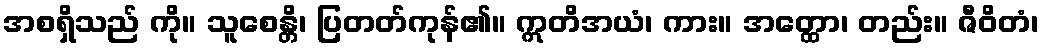
အစရှိသည် ကို။ သူစေန္တိ၊ ပြတတ်ကုန်၏။ ဣတိအယံ၊ ကား။ အတ္ထော၊ တည်း။ ဇီဝိတံ၊